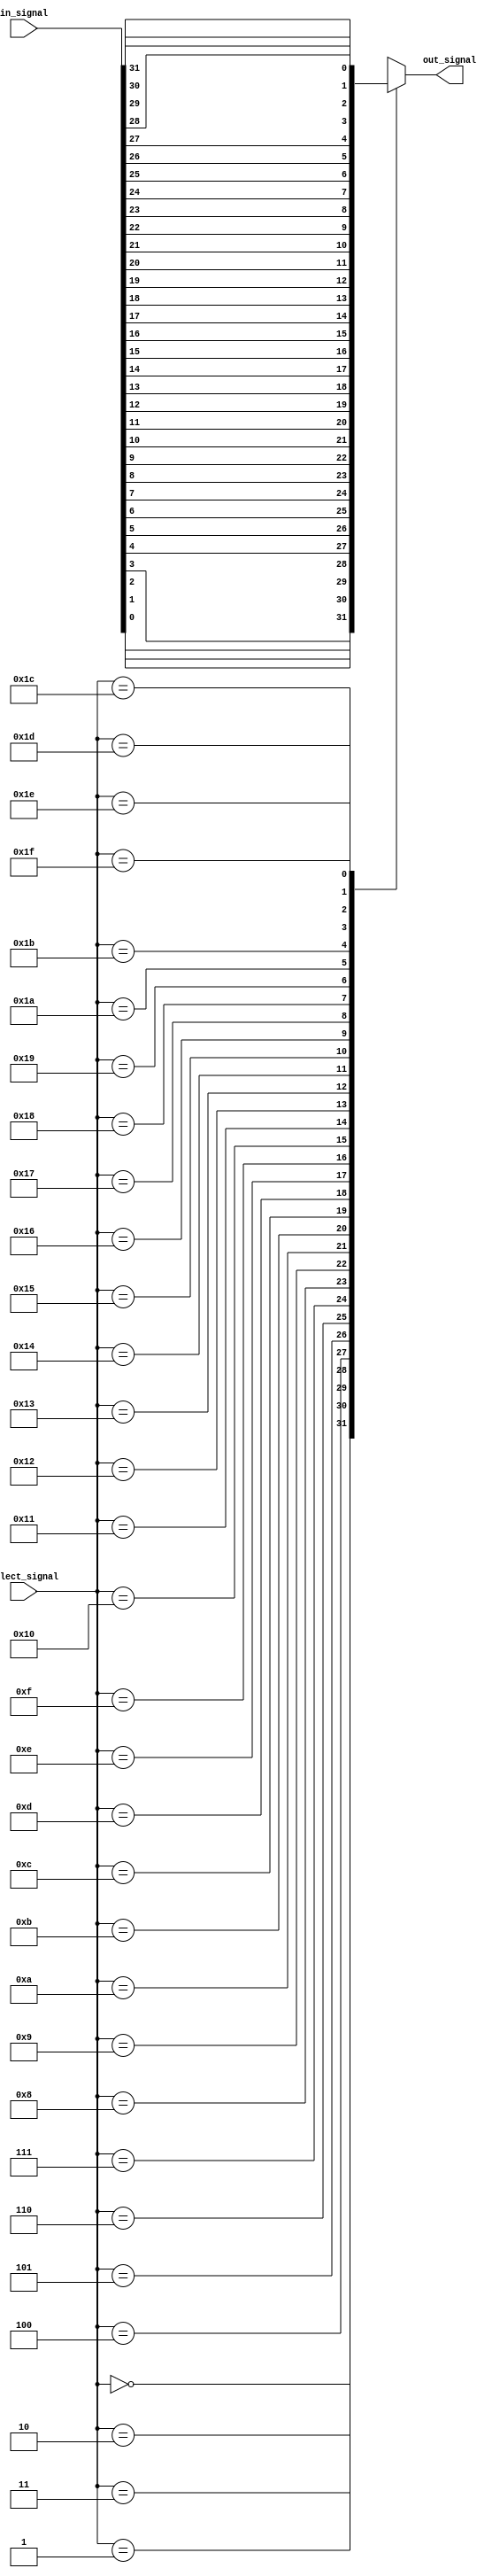
module mux32to1 (
    input [31:0] in_signal,
    input [4:0] select_signal,
    output reg out_signal
);

always @ (*) begin
    case(select_signal)
        5'h00 : out_signal = in_signal[0];
        5'h01 : out_signal = in_signal[1];
        5'h02 : out_signal = in_signal[2];
        5'h03 : out_signal = in_signal[3];
        5'h04 : out_signal = in_signal[4];
        5'h05 : out_signal = in_signal[5];
        5'h06 : out_signal = in_signal[6];
        5'h07 : out_signal = in_signal[7];
        5'h08 : out_signal = in_signal[8];
        5'h09 : out_signal = in_signal[9];
        5'h0a : out_signal = in_signal[10];
        5'h0b : out_signal = in_signal[11];
        5'h0c : out_signal = in_signal[12];
        5'h0d : out_signal = in_signal[13];
        5'h0e : out_signal = in_signal[14];
        5'h0f : out_signal = in_signal[15];
        5'h10 : out_signal = in_signal[16];
        5'h11 : out_signal = in_signal[17];
        5'h12 : out_signal = in_signal[18];
        5'h13 : out_signal = in_signal[19];
        5'h14 : out_signal = in_signal[20];
        5'h15 : out_signal = in_signal[21];
        5'h16 : out_signal = in_signal[22];
        5'h17 : out_signal = in_signal[23];
        5'h18 : out_signal = in_signal[24];
        5'h19 : out_signal = in_signal[25];
        5'h1a : out_signal = in_signal[26];
        5'h1b : out_signal = in_signal[27];
        5'h1c : out_signal = in_signal[28];
        5'h1d : out_signal = in_signal[29];
        5'h1e : out_signal = in_signal[30];
        5'h1f : out_signal = in_signal[31];
    endcase
end

endmodule